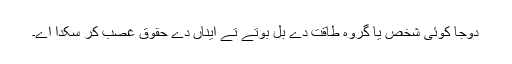
دوجا کوئی شخص یا گروہ طاقت دے بل بوتے تے ایناں دے حقوق غصب کر سکدا اے۔